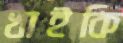
খাইকি